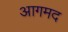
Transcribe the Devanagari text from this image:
आगमद